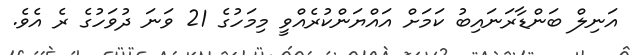
އަނިލް ބަންޑާރަނައިބު ކަމަށް އައްޔަންކުރެއްވީ މިމަހުގެ 21 ވަނަ ދުވަހުގެ ރެ އެވެ.